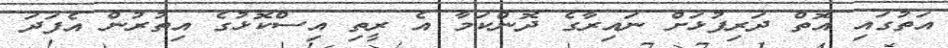
އަތުގައި އޮތް ދަރިފުޅަށް ނައިރާގެ ދޮންކަމާ އެ ރީތި އިސްކޮޅުގެ އިތުރުން އެފަދަ